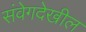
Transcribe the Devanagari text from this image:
संवेगदेखील